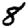
Digit: 8